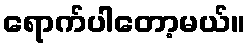
ရောက်ပါတော့မယ်။